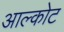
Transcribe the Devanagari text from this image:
आल्कोट